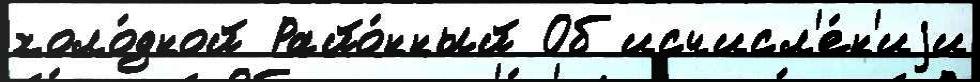
холо́дной Райо́нный Об исчисл'е́н'иjи